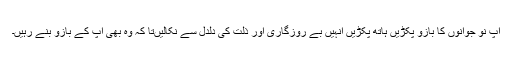
آپ نو جوانوں کا بازو پکڑیں ہاتھ پکڑیں انہیں بے روزگاری اور ذلت کی دلدل سے نکالیںتا کہ وہ بھی آپ کے بازو بنے رہیں۔